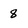
Character: 8